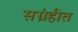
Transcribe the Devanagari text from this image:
सग्रंहीत